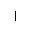
|